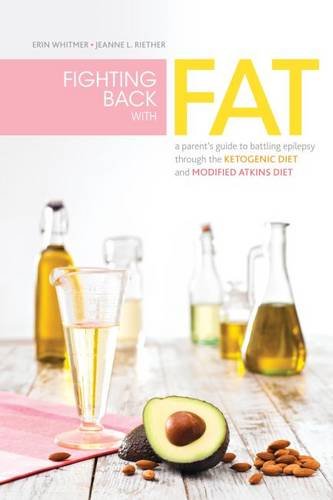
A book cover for Fighting Back with Fat; Erin Whitmer; Health, Fitness & Dieting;